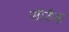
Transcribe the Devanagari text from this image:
सीडैक